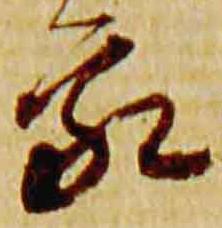
家